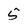
Character: 5